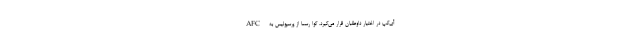
آی‌گپ در اختیار داوطلبان قرار می‌گیرد. گوا رسما از پرسپولیس به AFC